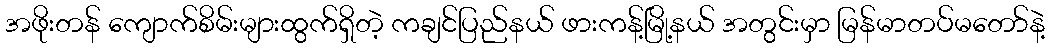
အဖိုးတန် ကျောက်စိမ်းများထွက်ရှိတဲ့ ကချင်ပြည်နယ် ဖားကန့်မြို့နယ် အတွင်းမှာ မြန်မာတပ်မတော်နဲ့